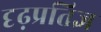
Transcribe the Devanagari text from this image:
दृढ़प्रतिज्ञ